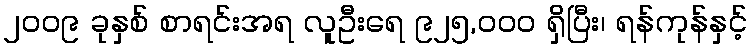
၂၀၀၉ ခုနှစ် စာရင်းအရ လူဦးရေ ၉၂၅,၀၀၀ ရှိပြီး၊ ရန်ကုန်နှင့်